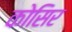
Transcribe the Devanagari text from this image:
कोसिर